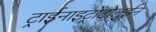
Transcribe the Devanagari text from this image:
ट्राईनाइट्रोटोलुईन